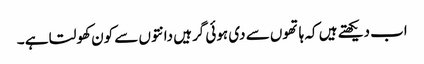
اب دیکھتے ہیں کہ ہاتھوں سے دی ہوئی گرہیں دانتوں سے کون کھولتا ہے ۔